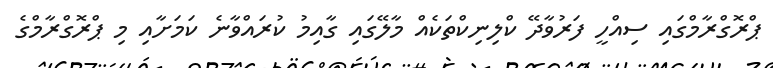
ޕްރޮގްރާމްގައި ސިއްހީ ފަރުވާދޭ ކްލިނިކްތަކެއް މާލޭގައި ގާއިމު ކުރައްވާނެ ކަމަށާއި މި ޕްރޮގްރާމްގެ